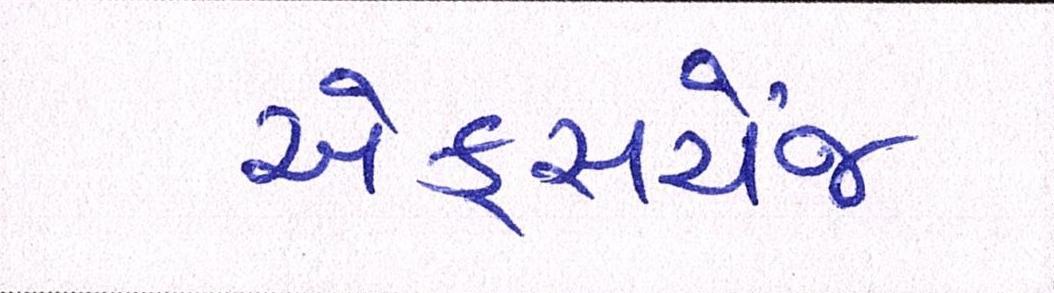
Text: એક્સચેંજ